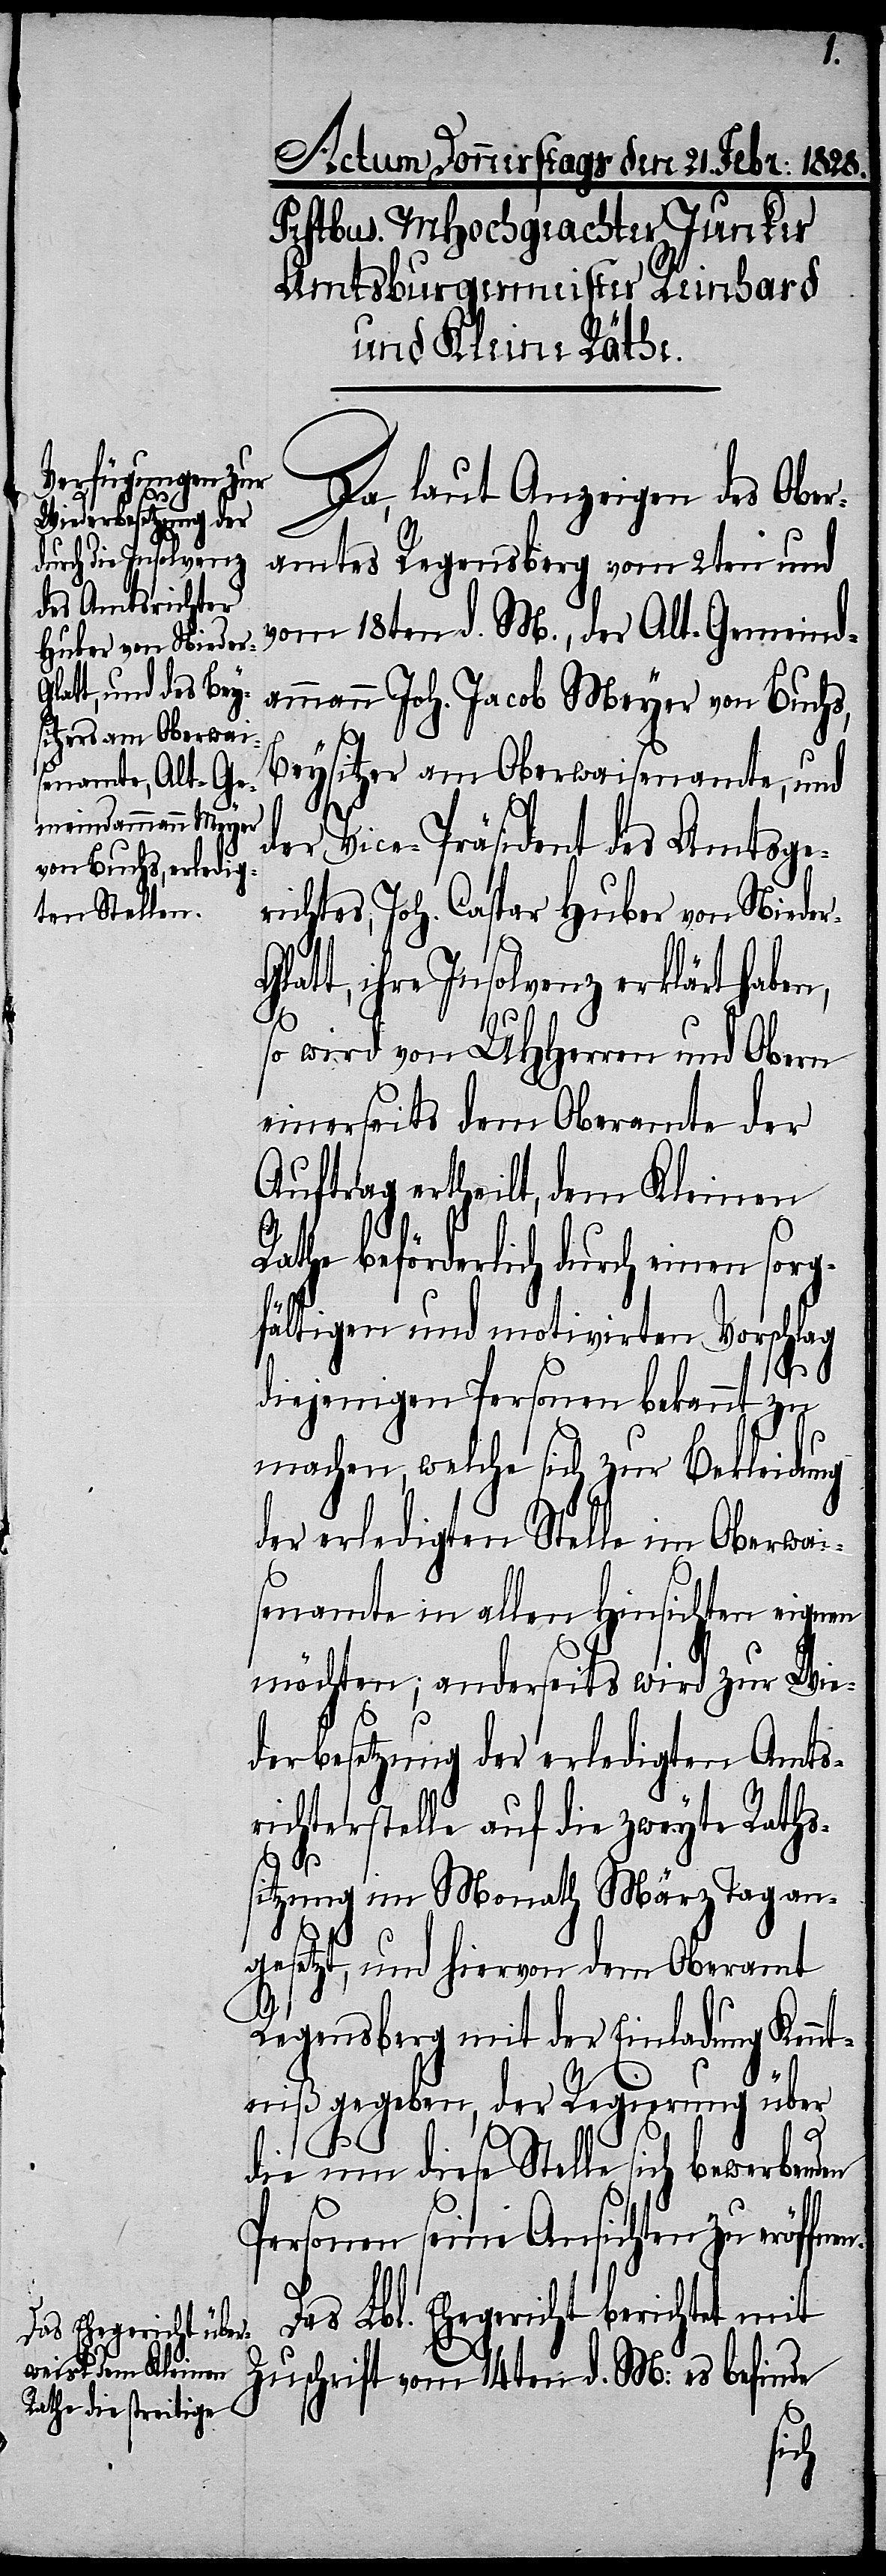
Da, laut Anzeigen des Ober¬
amtes Regensberg vom 2ten und
vom 18ten d. M., der Alt-Gemeind¬
ammann Joh. Jacob Meyer von Buchs,
Beysitzer am Oberwaisenamte, und
r-G¬
der
Vice-Präsident des Amtsge¬
richtes, Joh. Caspar Huber von Niede¬
latt, ihre Insolvenz erklärt haben,
so wird von UHHerren und Obern
einerseits dem Oberamte der
Auftrag ertheilt, dem Kleinen
Rathe beförderlich durch einen sorg¬
fältigen und motivirten Vorschlag
diejenigen Personen bekannt zu
machen, welche sich zur Bekleidung
der erledigten Stellen im Oberwai¬
senamte in allen Hinsichten eignen
möchten; anderseits wird zur Wie¬
derbesetzung der erledigten Amts¬
richterstelle auf die zweyte Raths¬
sitzung im Monath März Tag an¬
gesetzt, und hiervon dem Oberamt
Regensberg mit der Einladung Kennt¬
niß gegeben, der Regierung über
n.
die um diese Stelle sich bewerbenden
Personen seine Ansichten zu eröffne¬
Das Lbl. Ehegericht berichtet mit
Zuschrift vom 14ten d. M: es befinde